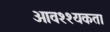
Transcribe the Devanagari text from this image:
आवश्श्यकता